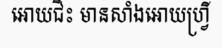
អោយជិះ មានសាំងអោយហ្វ្រី